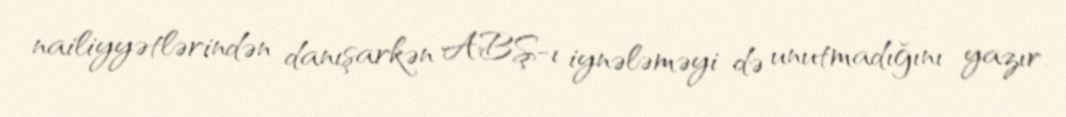
nailiyyətlərindən danışarkən ABŞ-ı iynələməyi də unutmadığını yazır.